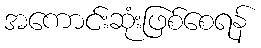
အကောင်းဆုံးဖြစ်စေရန်